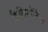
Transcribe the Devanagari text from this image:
कैलिफोर्निया